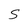
Character: S